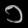
Digit: ၁